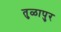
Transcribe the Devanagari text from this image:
तुळापुर